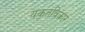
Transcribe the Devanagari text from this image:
यकृतविकार